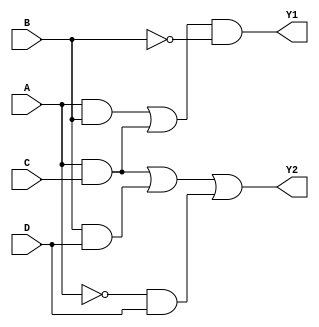
module combinational_logic_block (
    input wire A,  // Input A
    input wire B,  // Input B
    input wire C,  // Input C
    input wire D,  // Input D
    output wire Y1, // Output Y1
    output wire Y2  // Output Y2
);

// Intermediate signals for multi-level simplification
wire AB;        // Intermediate signal for A AND B
wire AC;        // Intermediate signal for A AND C
wire BD;        // Intermediate signal for B AND D
wire notA;      // NOT A
wire notB;      // NOT B

// Step 1: Basic logic operations
assign notA = ~A;          // NOT A
assign notB = ~B;          // NOT B
assign AB = A & B;         // A AND B
assign AC = A & C;         // A AND C
assign BD = B & D;         // B AND D

// Step 2: Simplified logic expressions
// Example logic functions derived from K-Maps or simplification
assign Y1 = (AB | AC) & notB; // Y1 = (A AND B) OR (A AND C) AND NOT B
assign Y2 = (AC | BD) | (notA & D); // Y2 = (A AND C) OR (B AND D) OR (NOT A AND D)

// Note: The logic functions for Y1 and Y2 are examples. 
// You should replace them with your actual simplified expressions based on your specific requirements.

endmodule